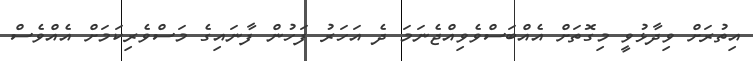
އިތުރަށް ވިދާޅުވީ މިގޮތަށް އެއްބަސްވެވިއްޖެނަމަ ދެ އަހަރު ފަހުން ފާނައިގެ މަސްވެރިކަމަށް އެއްވެސް